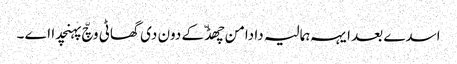
اسدے بعد ایہہ ہمالیہ دا دامن چھڈّ کے دون دی گھاٹی وچّ پہنچدا اے ۔